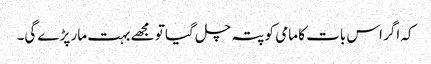
کہ اگر اس بات کا مامی کو پتہ چل گیا تو مجھے بہت مار پڑے گی۔